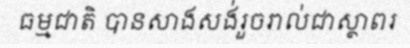
ធម្មជាតិ បានសាងសង់រួចរាល់ជាស្ថាពរ